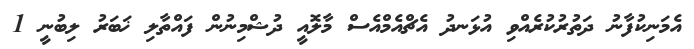
އެމަނިކުފާނު ދަތުރުކުރެއްވި އުޅަނދު އެޗްއެމްއެސް މާލޮއީ ދުޝްމިނުން ފައްތާލި ޚަބަރު ލިބުނީ 1